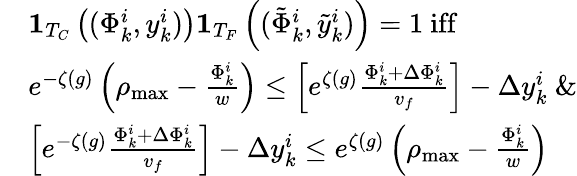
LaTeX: \begin{array}{rl}&{\mathbf{1}_{T_{C}}\left((\Phi_{k}^{i},y_{k}^{i})\right)\mathbf{1}_{T_{F}}\left((\tilde{\Phi}_{k}^{i},\tilde{y}_{k}^{i})\right)=1\ \textrm{iff}}\\ &{e^{-\zeta(g)}\left(\rho_{\operatorname*{max}}-\frac{\Phi_{k}^{i}}{w}\right)\leq\left[e^{\zeta(g)}\frac{\Phi_{k}^{i}+\Delta\Phi_{k}^{i}}{v_{f}}\right]-\Delta y_{k}^{i}\ \& }\\ &{\left[e^{-\zeta(g)}\frac{\Phi_{k}^{i}+\Delta\Phi_{k}^{i}}{v_{f}}\right]-\Delta y_{k}^{i}\leq e^{\zeta(g)}\left(\rho_{\operatorname*{max}}-{\frac{\Phi_{k}^{i}}{w}}\right)}\end{array}